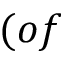
( o f